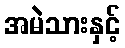
အမဲသားနှင့်